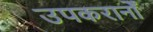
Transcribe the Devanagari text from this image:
उपकरानोँ